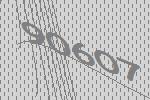
90607